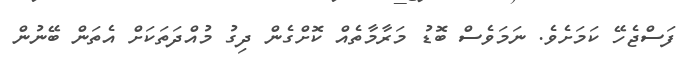
ފަސްޖެހޭ ކަމަށެވެ. ނަމަވެސް ބޮޑު މަރާމާތެއް ކޮށްގެން ދިގު މުއްދަތަކަށް އެތަން ބޭނުން